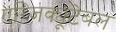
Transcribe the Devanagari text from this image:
एग्जिक्यूटेबल